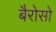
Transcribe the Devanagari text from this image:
बैरोसो